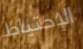
الإحتياط